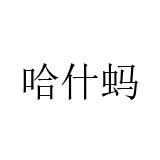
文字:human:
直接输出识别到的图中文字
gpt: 哈什蚂